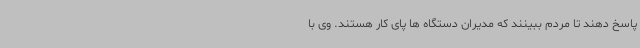
پاسخ دهند تا مردم ببینند که مدیران دستگاه ها پای کار هستند. وی با